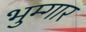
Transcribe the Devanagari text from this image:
भुम्गार